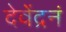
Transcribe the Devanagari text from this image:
देवेंद्रनं